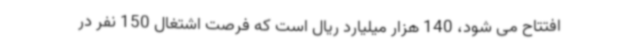
افتتاح می شود، 140 هزار میلیارد ریال است که فرصت اشتغال 150 نفر در